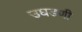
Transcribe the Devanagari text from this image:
उघडणी